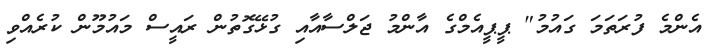
އެންމެ ފުރަތަމަ ގައުމު" ޕީޕީއެމްގެ އާންމު ޖަލްސާއާއި ގުޅޭގޮތުން ރައީސް މައުމޫން ކުރެއްވި